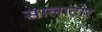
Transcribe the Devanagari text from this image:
सालाटोर